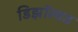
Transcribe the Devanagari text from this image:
डिझॉल्वड